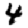
Digit: 4